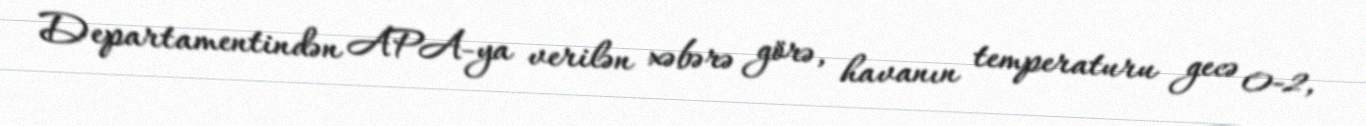
Departamentindən APA-ya verilən xəbərə görə, havanın temperaturu gecə 0-2,